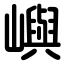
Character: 嶼